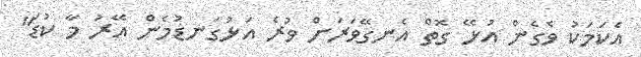
އެކަމަކު ވެގެން އުޅޭ ގޮތް އެނގޭވަރަށް ވުރެ އަޅުގަނޑުމެން އޭރު މާ ކުޑަ"